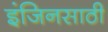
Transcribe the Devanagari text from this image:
इंजिनसाठी